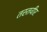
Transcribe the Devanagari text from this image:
तस्तवीर